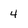
Character: 4